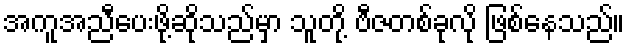
အကူအညီပေးဖို့ဆိုသည်မှာ သူတို့ ဗီဇတစ်ခုလို ဖြစ်နေသည်။